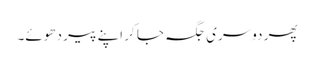
پھر دوسری جگہ جا کر اپنے پیر دھوئے۔